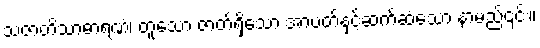
သဇာတိသာဓာရဏံ၊ တူသော ဇာတ်ရှိသော အာပတ်နှင့်ဆက်ဆံသော နာမည်၎င်း။